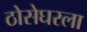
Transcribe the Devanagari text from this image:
ठोसेघरला